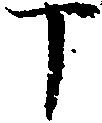
丁